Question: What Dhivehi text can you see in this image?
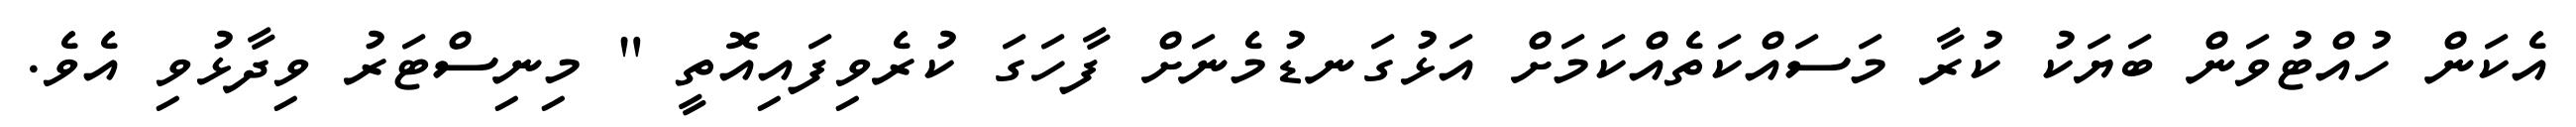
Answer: އެކަން ހުއްޓުވަން ބަޔަކު ކުރާ މަސައްކަތެއްކަމަށް އަޅުގަނޑުމެނަށް ފާހަގަ ކުރެވިފައިއޮތީ " މިނިސްޓަރު ވިދާޅުވި އެވެ.